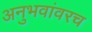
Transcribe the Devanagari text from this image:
अनुभवांवरच